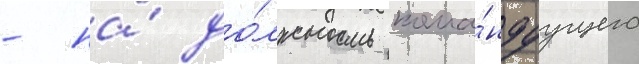
- на́ до́лжность кома́ндуущего